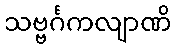
သဗ္ဗင်္ဂကလျာဏိ